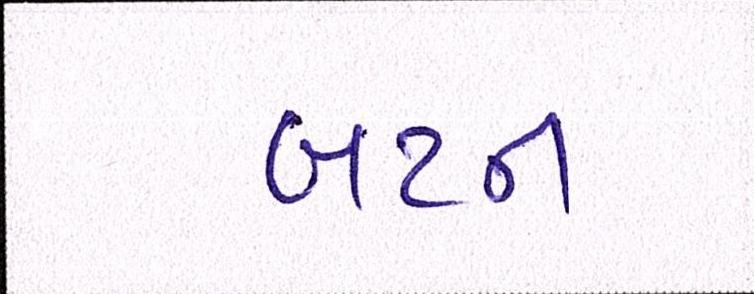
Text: બટન